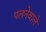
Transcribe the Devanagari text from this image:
पलनेवाले